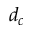
d _ { c }